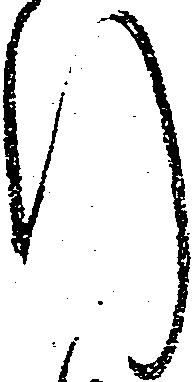
行